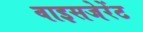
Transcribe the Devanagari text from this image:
वाइसजेरेंट